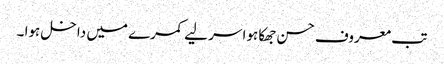
تب معروف حسن جھکا ہوا سر لیے کمرے میں داخل ہوا ۔